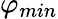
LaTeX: \varphi_{min}